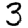
Digit: 3